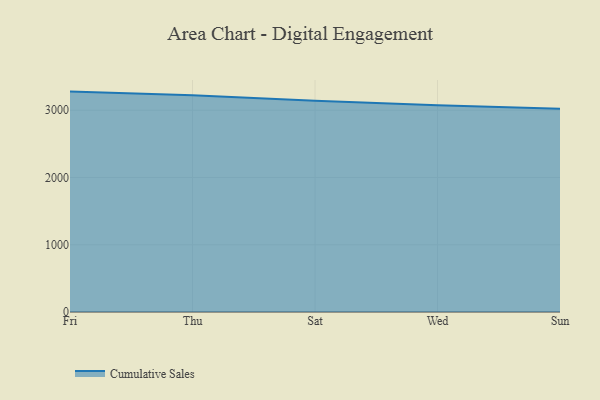
{"axis": {"x": "Day", "y": "Website Visitors"}, "legend": ["Cumulative Sales"], "data": [{"x": "Fri", "y": 3277.2, "type": "Cumulative Sales"}, {"x": "Thu", "y": 3223.5, "type": "Cumulative Sales"}, {"x": "Sat", "y": 3140.2, "type": "Cumulative Sales"}, {"x": "Wed", "y": 3075.3, "type": "Cumulative Sales"}, {"x": "Sun", "y": 3022.0, "type": "Cumulative Sales"}]}